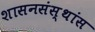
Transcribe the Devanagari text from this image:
शासनसंस्थांस